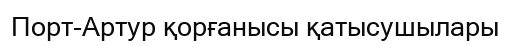
Порт-Артур қорғанысы қатысушылары